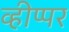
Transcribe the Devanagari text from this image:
व्हीप्पर